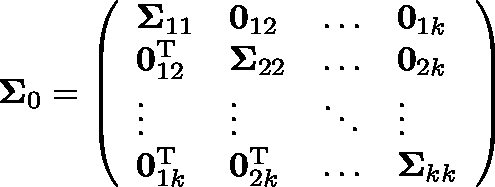
\mathbf { \Sigma } _ { 0 } = \left( \begin{array} { l l l l } { \mathbf { \Sigma } _ { 1 1 } } & { \mathbf { 0 } _ { 1 2 } } & { \dots } & { \mathbf { 0 } _ { 1 k } } \\ { \mathbf { 0 } _ { 1 2 } ^ { \mathrm { T } } } & { \mathbf { \Sigma } _ { 2 2 } } & { \dots } & { \mathbf { 0 } _ { 2 k } } \\ { \vdots } & { \vdots } & { \ddots } & { \vdots } \\ { \mathbf { 0 } _ { 1 k } ^ { \mathrm { T } } } & { \mathbf { 0 } _ { 2 k } ^ { \mathrm { T } } } & { \dots } & { \mathbf { \Sigma } _ { k k } } \end{array} \right)